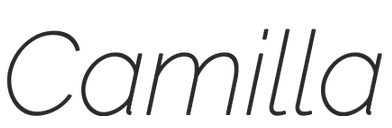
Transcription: Camilla